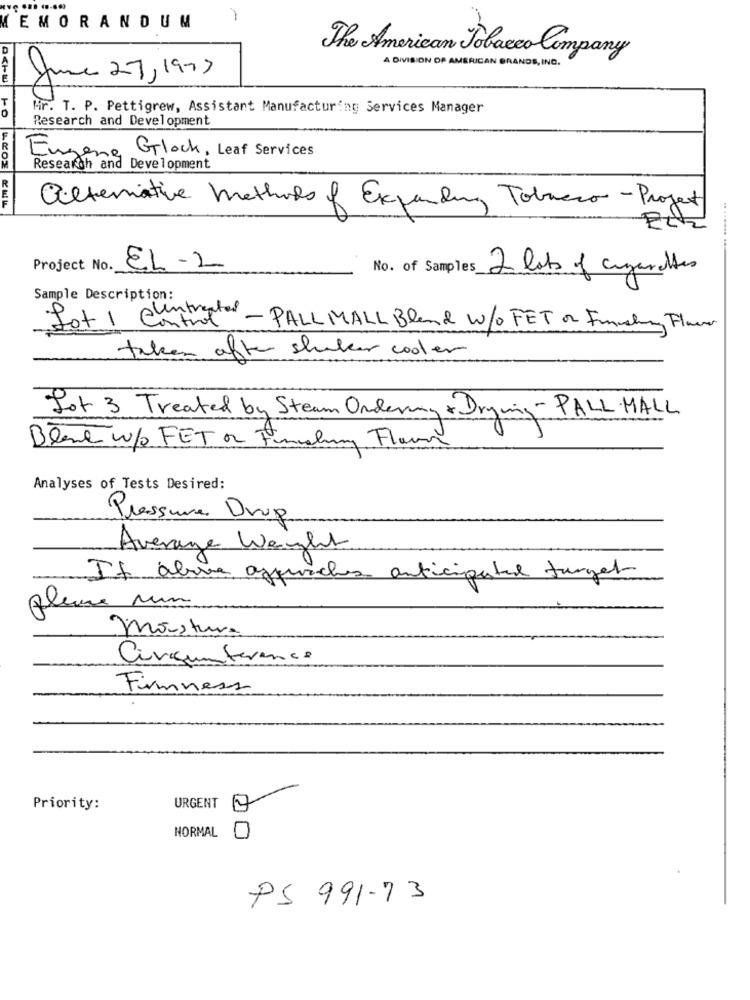
-
MEMORANDUM
D
The American Tobacco Company
A DIVISION OF AMERICAN BRANDS, INC.
June 27, 1973
Mr. T. P. Pettigrew, Assistant Manufacturing Services Manager
Research and Development
Eugene Glock, Leaf Services
Research and Development
alternative methods of Expanding Tobacco-Project
Project No.
EL -2
No. of Samples
2 lots of cigarettes
Sample Description:
Fot 1 Control - PALL MALL Bland w/o FET or Finshing Flower
taken after shalar cooler
fot 3 Treated by Steam Ordering & Drying- PALL MALL
Blene w/ FET or Finishing Flavor
Analyses of Tests Desired:
Pressure Drug
Average Weight
If alive azquiches anticipated target
please un
mistura
Circumference
Firmness
Priority:
URGENT
NORMAL
0
PS 991-73